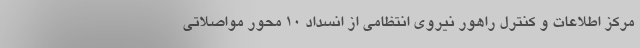
مرکز اطلاعات و کنترل راهور نیروی انتظامی از انسداد ۱۰ محور مواصلاتی